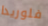
فلوريدا